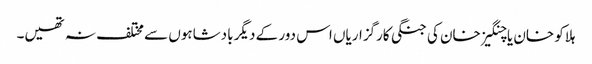
ہلاکو خان یا چنگیز خان کی جنگی کارگزاریاں اس دور کے دیگر بادشاہوں سے مختلف نہ تھیں۔